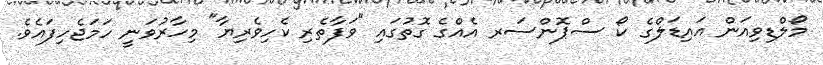
މޯލްޑިވިއަން އައިޑަލްގެ ކޯ ސްޕޮންސަރ އެއްގެ ގޮތުގައި "ވަފާތެރި ކެހިވެރިޔާ" މިހާރުވަނީ ހަމަޖެހިފައެވެ.